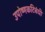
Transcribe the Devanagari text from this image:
उपोष्णकटिबंधी